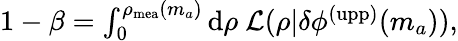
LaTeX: \begin{array}{r}{1-\beta=\int_{0}^{\rho_{\mathrm{mea}}(m_{a})}\mathrm{d}\rho~\mathcal{L}(\rho|\delta\phi^{\mathrm{(upp)}}(m_{a})),}\end{array}